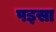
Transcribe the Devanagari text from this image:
पइसा